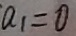
a _ { 1 } = 0